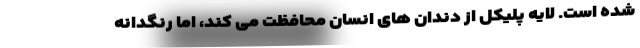
شده است. لایه پلیکل از دندان های انسان محافظت می کند، اما رنگدانه